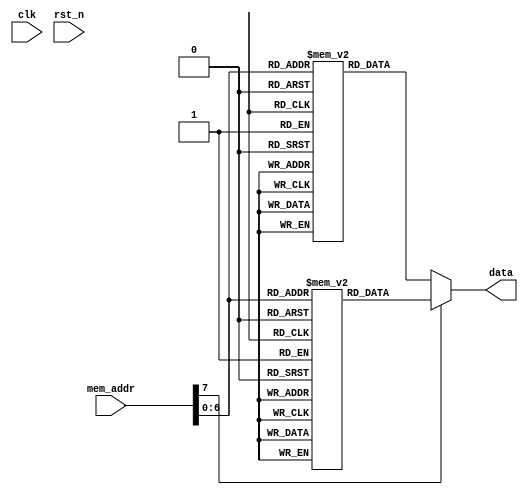
module Memory(
    input clk,
	input rst_n,

    input [7:0] mem_addr,
    output [31:0] data
);

integer i;
reg [31:0] INSTR_MEM [127:0];
reg [31:0] DATA_CONST_MEM [127:0];

//----------------------------------------------
//             Instruction Memory
//----------------------------------------------

initial begin
			INSTR_MEM[0] = 32'hE3A00000; 
			INSTR_MEM[1] = 32'hE1A0100F; 
			INSTR_MEM[2] = 32'hE0800001; 
			INSTR_MEM[3] = 32'hE2511001; 
			INSTR_MEM[4] = 32'h1AFFFFFC; 
			INSTR_MEM[5] = 32'hE59F01E8; 
			INSTR_MEM[6] = 32'hE58F57E0; 
			INSTR_MEM[7] = 32'hE59F57DC; 
			INSTR_MEM[8] = 32'hE59F21D8; 
			INSTR_MEM[9] = 32'hE5820000; 
			INSTR_MEM[10] = 32'hE5820004; 
			INSTR_MEM[11] = 32'hE0800001; 
			INSTR_MEM[12] = 32'hE2511001; 
			INSTR_MEM[13] = 32'h1AFFFFFC; 
			INSTR_MEM[14] = 32'hE59F01C4; 
			INSTR_MEM[15] = 32'hE58F57BC; 
			INSTR_MEM[16] = 32'hE59F57B8; 
			INSTR_MEM[17] = 32'hE59F21B4; 
			INSTR_MEM[18] = 32'hE5820000; 
			INSTR_MEM[19] = 32'hE5820004; 
			INSTR_MEM[20] = 32'hE0800001; 
			INSTR_MEM[21] = 32'hE2511001; 
			INSTR_MEM[22] = 32'h1AFFFFFC; 
			INSTR_MEM[23] = 32'hE59F01A0; 
			INSTR_MEM[24] = 32'hE58F5798; 
			INSTR_MEM[25] = 32'hE59F5794; 
			INSTR_MEM[26] = 32'hE59F2190; 
			INSTR_MEM[27] = 32'hE5820000; 
			INSTR_MEM[28] = 32'hE5820004; 
			INSTR_MEM[29] = 32'hE0800001; 
			INSTR_MEM[30] = 32'hE2511001; 
			INSTR_MEM[31] = 32'h1AFFFFFC; 
			INSTR_MEM[32] = 32'hE59F017C; 
			INSTR_MEM[33] = 32'hE58F5774; 
			INSTR_MEM[34] = 32'hE59F5770; 
			INSTR_MEM[35] = 32'hE59F216C; 
			INSTR_MEM[36] = 32'hE5820000; 
			INSTR_MEM[37] = 32'hE5820004; 
			INSTR_MEM[38] = 32'hE0800001; 
			INSTR_MEM[39] = 32'hE2511001; 
			INSTR_MEM[40] = 32'h1AFFFFFC; 
			INSTR_MEM[41] = 32'hE59F0158; 
			INSTR_MEM[42] = 32'hE58F5750; 
			INSTR_MEM[43] = 32'hE59F574C; 
			INSTR_MEM[44] = 32'hE59F2148; 
			INSTR_MEM[45] = 32'hE5820000; 
			INSTR_MEM[46] = 32'hE5820004; 
			INSTR_MEM[47] = 32'hEAFFFFFE; 
			for(i = 48; i < 128; i = i+1) begin 
				INSTR_MEM[i] = 32'h0; 
			end
end

//----------------------------------------------
//           Data (Constant) Memory
//----------------------------------------------

initial begin
			DATA_CONST_MEM[0] = 32'h00000800; 
			DATA_CONST_MEM[1] = 32'hABCD1234; 
			DATA_CONST_MEM[2] = 32'h00000001; 
			DATA_CONST_MEM[3] = 32'h00000002; 
			DATA_CONST_MEM[4] = 32'h00000003; 
			DATA_CONST_MEM[5] = 32'h00000004; 
			DATA_CONST_MEM[6] = 32'h00000005; 
			DATA_CONST_MEM[7] = 32'h00000006; 
			DATA_CONST_MEM[8] = 32'h00000007; 
			DATA_CONST_MEM[9] = 32'h00000008; 
			DATA_CONST_MEM[10] = 32'h00000009; 
			DATA_CONST_MEM[11] = 32'h0000000A; 
			DATA_CONST_MEM[12] = 32'h0000000B; 
			DATA_CONST_MEM[13] = 32'h0000000C; 
			DATA_CONST_MEM[14] = 32'h0000000D; 
			DATA_CONST_MEM[15] = 32'h0000000E; 
			DATA_CONST_MEM[16] = 32'h0000000F; 
			DATA_CONST_MEM[17] = 32'h00000010; 
			DATA_CONST_MEM[18] = 32'h00000020; 
			DATA_CONST_MEM[19] = 32'h00000030; 
			DATA_CONST_MEM[20] = 32'h00000040; 
			DATA_CONST_MEM[21] = 32'h00000050; 
			DATA_CONST_MEM[22] = 32'h00000060; 
			DATA_CONST_MEM[23] = 32'h00000070; 
			DATA_CONST_MEM[24] = 32'h00000080; 
			DATA_CONST_MEM[25] = 32'h00000090; 
			DATA_CONST_MEM[26] = 32'h000000A0; 
			DATA_CONST_MEM[27] = 32'h000000B0; 
			DATA_CONST_MEM[28] = 32'h000000C0; 
			DATA_CONST_MEM[29] = 32'h000000D0; 
			DATA_CONST_MEM[30] = 32'h000000E0; 
			DATA_CONST_MEM[31] = 32'h000000F0; 
			DATA_CONST_MEM[32] = 32'h00000100; 
			DATA_CONST_MEM[33] = 32'h00000200; 
			DATA_CONST_MEM[34] = 32'h00000300; 
			DATA_CONST_MEM[35] = 32'h00000400; 
			DATA_CONST_MEM[36] = 32'h00000500; 
			DATA_CONST_MEM[37] = 32'h00000600; 
			DATA_CONST_MEM[38] = 32'h00000700; 
			DATA_CONST_MEM[39] = 32'h00000800; 
			DATA_CONST_MEM[40] = 32'h00000900; 
			DATA_CONST_MEM[41] = 32'h00000A00; 
			DATA_CONST_MEM[42] = 32'h00000B00; 
			DATA_CONST_MEM[43] = 32'h00000C00; 
			DATA_CONST_MEM[44] = 32'h00000D00; 
			DATA_CONST_MEM[45] = 32'h00000E00; 
			DATA_CONST_MEM[46] = 32'h00000F00; 
			DATA_CONST_MEM[47] = 32'h00001000; 
			DATA_CONST_MEM[48] = 32'h00002000; 
			DATA_CONST_MEM[49] = 32'h00003000; 
			DATA_CONST_MEM[50] = 32'h00004000; 
			DATA_CONST_MEM[51] = 32'h00005000; 
			DATA_CONST_MEM[52] = 32'h00006000; 
			DATA_CONST_MEM[53] = 32'h00007000; 
			DATA_CONST_MEM[54] = 32'h00008000; 
			DATA_CONST_MEM[55] = 32'h00009000; 
			DATA_CONST_MEM[56] = 32'h0000A000; 
			DATA_CONST_MEM[57] = 32'h0000B000; 
			DATA_CONST_MEM[58] = 32'h0000C000; 
			DATA_CONST_MEM[59] = 32'h0000D000; 
			DATA_CONST_MEM[60] = 32'h0000E000; 
			DATA_CONST_MEM[61] = 32'h0000F000; 
			DATA_CONST_MEM[62] = 32'h00010000; 
			DATA_CONST_MEM[63] = 32'h00020000; 
			DATA_CONST_MEM[64] = 32'h00030000; 
			DATA_CONST_MEM[65] = 32'h00040000; 
			DATA_CONST_MEM[66] = 32'h00050000; 
			DATA_CONST_MEM[67] = 32'h00060000; 
			DATA_CONST_MEM[68] = 32'h00070000; 
			DATA_CONST_MEM[69] = 32'h00080000; 
			DATA_CONST_MEM[70] = 32'h00090000; 
			DATA_CONST_MEM[71] = 32'h000A0000; 
			DATA_CONST_MEM[72] = 32'h000B0000; 
			DATA_CONST_MEM[73] = 32'h000C0000; 
			DATA_CONST_MEM[74] = 32'h000D0000; 
			DATA_CONST_MEM[75] = 32'h000E0000; 
			DATA_CONST_MEM[76] = 32'h000F0000; 
			DATA_CONST_MEM[77] = 32'h00100000; 
			DATA_CONST_MEM[78] = 32'h00200000; 
			DATA_CONST_MEM[79] = 32'h00300000; 
			DATA_CONST_MEM[80] = 32'h00400000; 
			DATA_CONST_MEM[81] = 32'h00500000; 
			DATA_CONST_MEM[82] = 32'h00600000; 
			DATA_CONST_MEM[83] = 32'h00700000; 
			DATA_CONST_MEM[84] = 32'h00800000; 
			DATA_CONST_MEM[85] = 32'h00900000; 
			DATA_CONST_MEM[86] = 32'h00A00000; 
			DATA_CONST_MEM[87] = 32'h00B00000; 
			DATA_CONST_MEM[88] = 32'h00C00000; 
			DATA_CONST_MEM[89] = 32'h00D00000; 
			DATA_CONST_MEM[90] = 32'h00E00000; 
			DATA_CONST_MEM[91] = 32'h00F00000; 
			DATA_CONST_MEM[92] = 32'h01000000; 
			DATA_CONST_MEM[93] = 32'h02000000; 
			DATA_CONST_MEM[94] = 32'h03000000; 
			DATA_CONST_MEM[95] = 32'h04000000; 
			DATA_CONST_MEM[96] = 32'h05000000; 
			DATA_CONST_MEM[97] = 32'h06000000; 
			DATA_CONST_MEM[98] = 32'h07000000; 
			DATA_CONST_MEM[99] = 32'h08000000; 
			DATA_CONST_MEM[100] = 32'h09000000; 
			DATA_CONST_MEM[101] = 32'h0A000000; 
			DATA_CONST_MEM[102] = 32'h0B000000; 
			DATA_CONST_MEM[103] = 32'h0C000000; 
			DATA_CONST_MEM[104] = 32'h0D000000; 
			DATA_CONST_MEM[105] = 32'h0E000000; 
			DATA_CONST_MEM[106] = 32'h0F000000; 
			DATA_CONST_MEM[107] = 32'h10000000; 
			DATA_CONST_MEM[108] = 32'h20000000; 
			DATA_CONST_MEM[109] = 32'h30000000; 
			DATA_CONST_MEM[110] = 32'h40000000; 
			DATA_CONST_MEM[111] = 32'h50000000; 
			DATA_CONST_MEM[112] = 32'h60000000; 
			DATA_CONST_MEM[113] = 32'h70000000; 
			DATA_CONST_MEM[114] = 32'h80000000; 
			DATA_CONST_MEM[115] = 32'h90000000; 
			DATA_CONST_MEM[116] = 32'hA0000000; 
			DATA_CONST_MEM[117] = 32'hB0000000; 
			DATA_CONST_MEM[118] = 32'hC0000000; 
			DATA_CONST_MEM[119] = 32'hD0000000; 
			DATA_CONST_MEM[120] = 32'hE0000000; 
			DATA_CONST_MEM[121] = 32'hF0000000; 
			for(i = 122; i < 128; i = i+1) begin 
				DATA_CONST_MEM[i] = 32'h0; 
			end
end

assign data = mem_addr[7] == 1? DATA_CONST_MEM[mem_addr[6:0]] : INSTR_MEM[mem_addr[6:0]];

endmodule